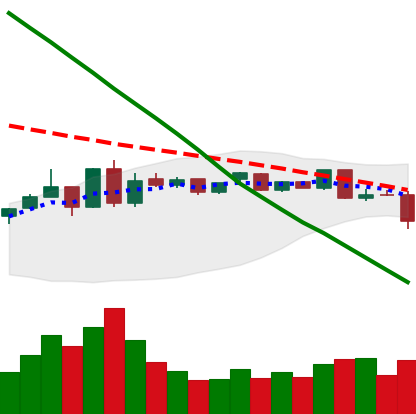
Ticker: ETC-USD
Chart end date: 2019-01-10
Forward return: -5.043%
Label: down_5_7